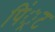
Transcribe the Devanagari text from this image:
पिं्रट